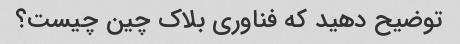
توضیح دهید که فناوری بلاک چین چیست؟